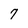
Character: 7